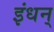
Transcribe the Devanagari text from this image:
इंधन्